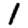
Digit: 1